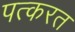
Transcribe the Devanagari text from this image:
पत्करत